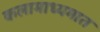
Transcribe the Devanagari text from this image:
कलामाध्यमात